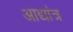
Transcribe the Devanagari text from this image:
आद्यांत्र